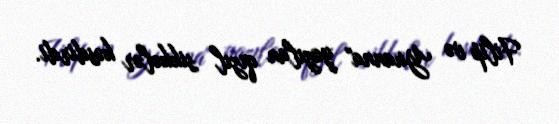
Filip və Yuanna" yazılan qızıl sikkələr kəsdirdi.